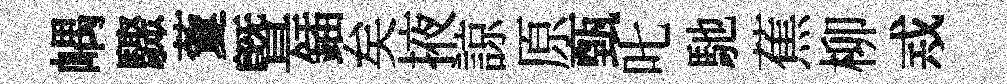
嵎驟藑曁鍤矣掖諒原甄叱馳蕉柳𢦶